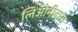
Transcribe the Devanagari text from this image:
लिओनीदास